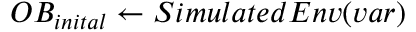
O B _ { i n i t a l } \leftarrow S i m u l a t e d E n v ( v a r )